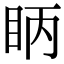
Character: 眪